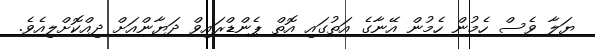
ޔަލާ ވެސް ހެމުން ހެމުން އޭނާގެ އަތުގައި އޮތް ޕެންޑްރައިވް ދަޔާންއަށް ދިއްކޮށްލިއެވެ.